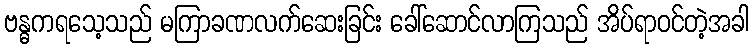
ဗန္ဓကရသေ့သည် မကြာခဏလက်ဆေးခြင်း ခေါ်ဆောင်လာကြသည် အိပ်ရာဝင်တဲ့အခါ